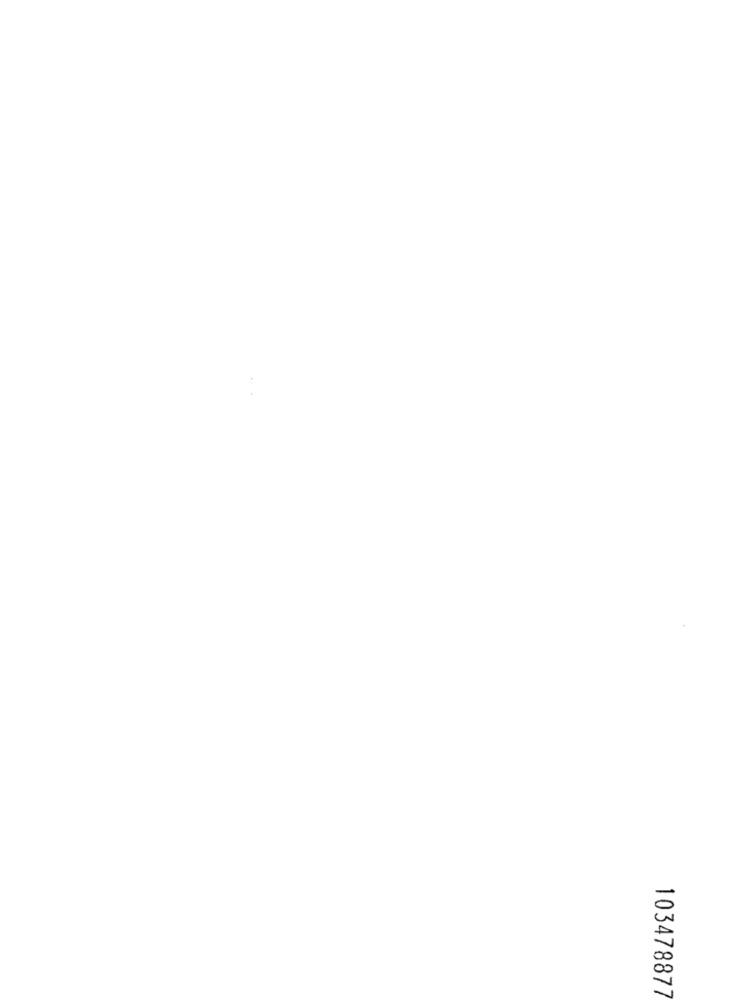
103478877